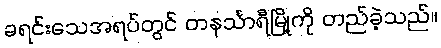
ခရင်းသေအရပ်တွင် တနင်္သာရီမြို့ကို တည်ခဲ့သည်။